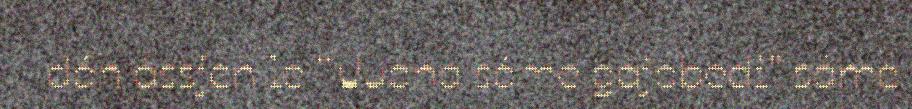
dán ássjen le “Vuona sáme gájbbedi" sáme